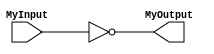
//	Sean Webster
//	ADSD Homework 1
	
module MyInverter (
	MyInput, 
	MyOutput
	);

	input 	MyInput;
	output 	MyOutput;

	assign MyOutput = ~ MyInput;

endmodule